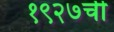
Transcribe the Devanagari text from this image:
१९२७ची